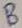
Text: B